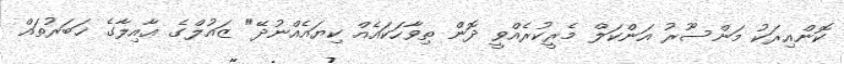
ކޮންއިރަކު މަންސޫރު އަންކަލް މެރީކުރެއްވީ ދޮން ތިވާހަކައެއް ކިޔައެއްނުދޭ" ޒައުލްގެ ޢާއިލާގެ ޚަބަރުތައް